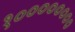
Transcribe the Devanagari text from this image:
१००००००००